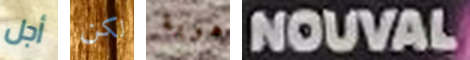
أجل لكن هوية NOUVAL